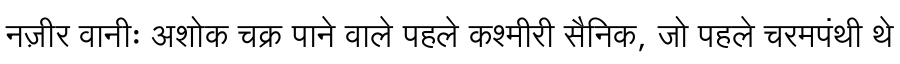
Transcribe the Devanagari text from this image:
नज़ीर वानीः अशोक चक्र पाने वाले पहले कश्मीरी सैनिक, जो पहले चरमपंथी थे